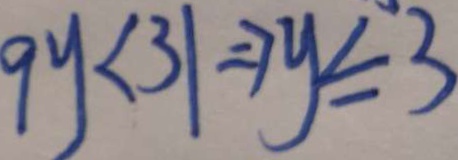
9 y < 3 1 \Rightarrow y \leq 3